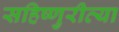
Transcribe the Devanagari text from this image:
सहिष्णुरीत्या